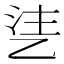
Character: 乼